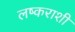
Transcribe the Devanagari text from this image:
लष्कराशी